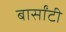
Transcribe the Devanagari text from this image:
बार्सांटी